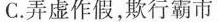
C.弄虚作假，欺行霸市